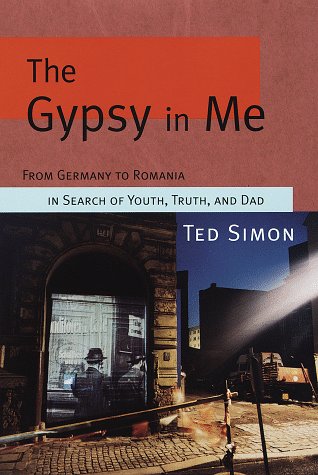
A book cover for The Gypsy in Me: From Germany to Romania in Search of Youth, Truth, and Dad; Ted Simon; Travel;